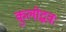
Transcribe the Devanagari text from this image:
कुलोद्भवः